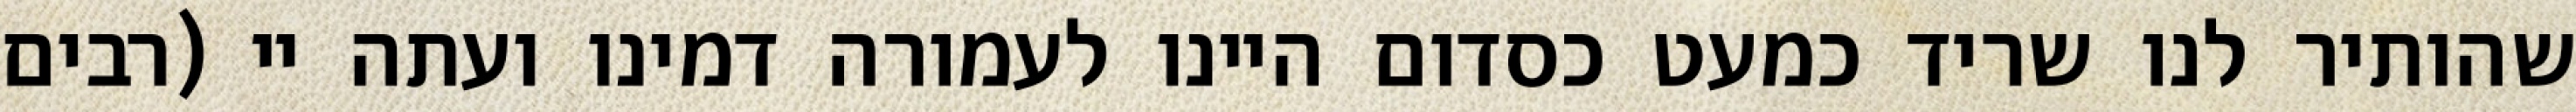
שהותיר לנו שריד כמעט כסדום היינו לעמורה דמינו ועתה יי (רבים